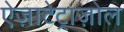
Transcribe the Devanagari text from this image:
ऐज़ाटेट्राज़ोल